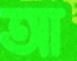
আ